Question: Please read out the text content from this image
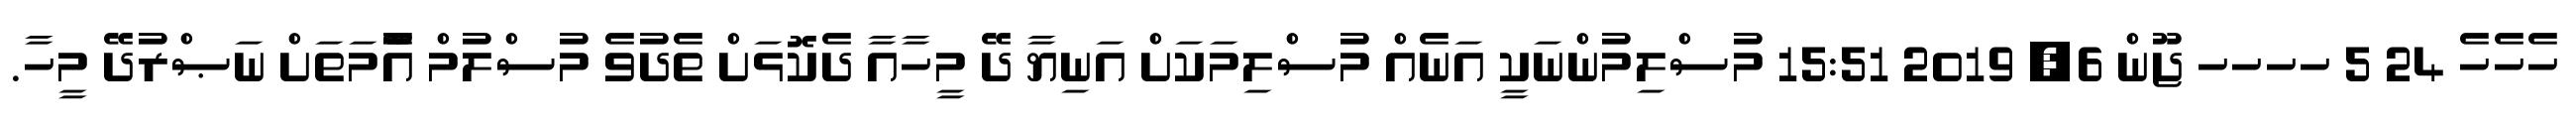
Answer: ހެހެހެ 24 5 ހހހހ ޖޫން 6, 2019 15:51 މުސްލިމުންނަކީ އަނެއް މުސްލިމަކަށް އަނިޔާ ދޭ މީހާއާ ދެކޮޅަށް ތެދުވެ މުސްލުމް އުެްމަތަށް ނަޞްރުދޭ މީހާ.